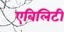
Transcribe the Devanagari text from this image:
एबिलिटी